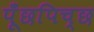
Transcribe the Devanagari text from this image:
पूँछपिच्छ